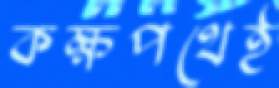
কক্ষপথেই